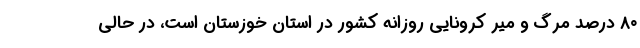
۸۰ درصد مرگ و میر کرونایی روزانه کشور در استان خوزستان است، در حالی